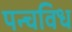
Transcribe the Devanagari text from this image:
पन्चविध